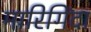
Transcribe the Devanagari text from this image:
मारिगिंदा